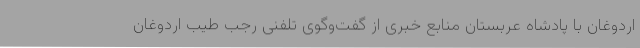
اردوغان با پادشاه عربستان منابع خبری از گفت‌وگوی تلفنی رجب طیب اردوغان